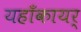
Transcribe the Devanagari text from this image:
यहाँकायर्